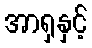
အာရှနှင့်